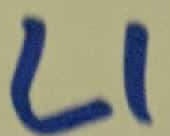
Text: L1